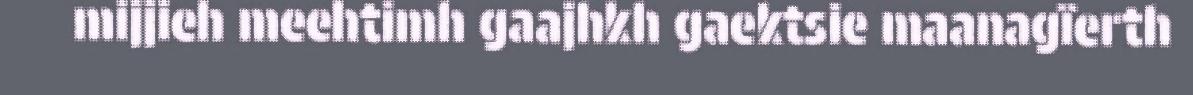
mijjieh meehtimh gaajhkh gaektsie maanagïerth